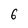
Character: 6